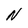
Character: N